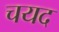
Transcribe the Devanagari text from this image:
चयद